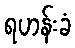
ရဟန်းခံ